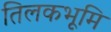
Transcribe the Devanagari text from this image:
तिलकभूमि